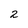
Character: 2